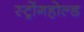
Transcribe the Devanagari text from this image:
स्ट्रोंगहोल्ड